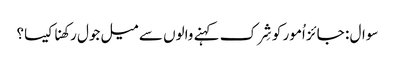
سوال : جائز اُمور کو شِرک کہنے والوں سے میل جول رکھنا کیسا؟